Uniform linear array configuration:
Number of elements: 32
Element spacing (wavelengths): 0.75
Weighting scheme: uniform
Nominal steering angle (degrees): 15
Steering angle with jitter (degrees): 14.439
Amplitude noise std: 0.05
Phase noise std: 0.05

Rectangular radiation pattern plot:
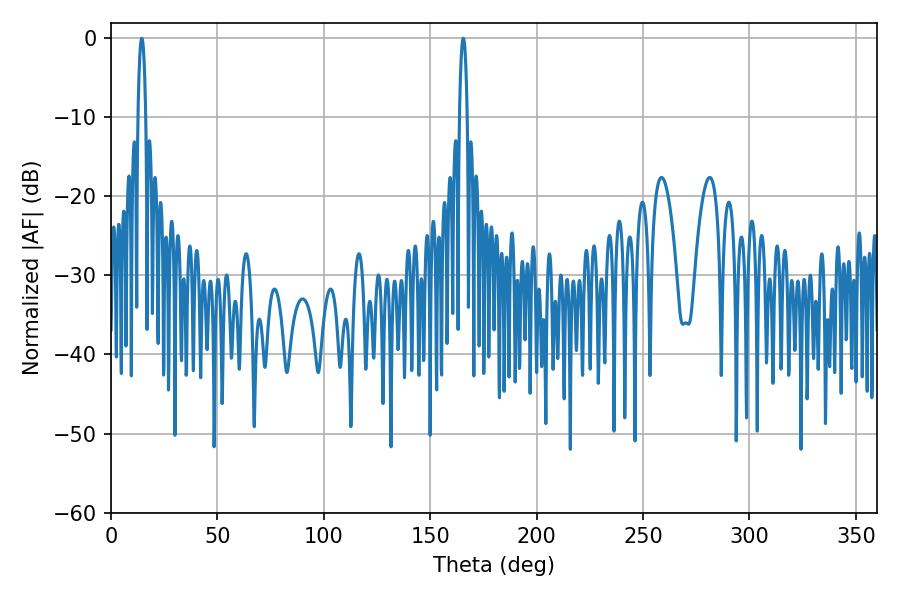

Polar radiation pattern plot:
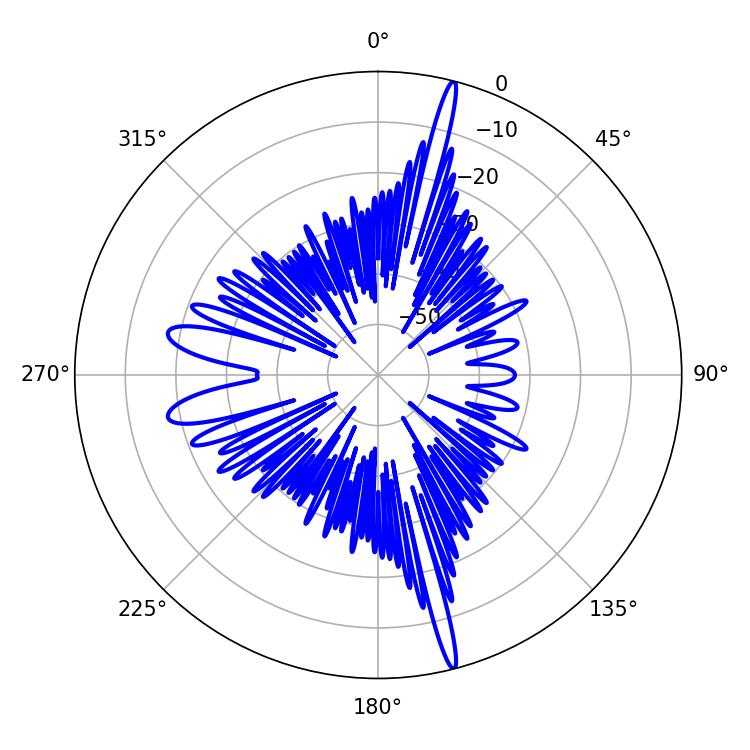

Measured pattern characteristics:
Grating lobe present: TRUE
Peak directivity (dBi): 20.972
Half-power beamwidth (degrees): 1.98
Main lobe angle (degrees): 14.4